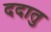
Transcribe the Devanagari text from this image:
ददातु